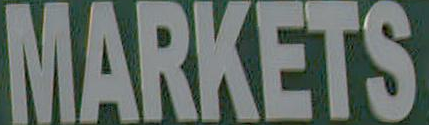
MARKETS